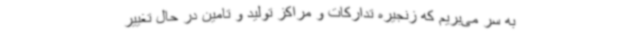
به سر می‌بریم که زنجیره تدارکات و مراکز تولید و تامین در حال تغییر